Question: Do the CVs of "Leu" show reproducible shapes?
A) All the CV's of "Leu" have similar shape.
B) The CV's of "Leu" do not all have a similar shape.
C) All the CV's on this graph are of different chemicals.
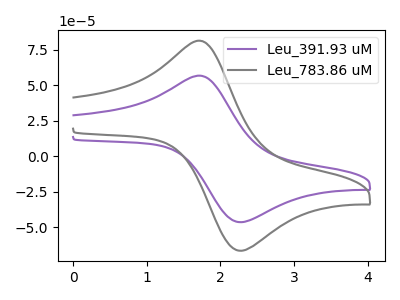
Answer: <think>The purple curve "Leu_391.93 uM" has an anodic peak at (1.75V, 56.40uA) and a cathodic peak at (2.30V, -46.40uA). The gray curve "Leu_783.86 uM" has an anodic peak at (1.75V, 80.85uA) and a cathodic peak at (2.30V, -66.50uA).
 All the peaks in "Leu_391.93 uM" have a peak in "Leu_783.86 uM" at the same potential. Every peak in "Leu_391.93 uM" is lower than every peak in "Leu_783.86 uM".</think>
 <answer>A) All the CV's of "Leu" have similar shape.</answer>
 <eval>A</eval>